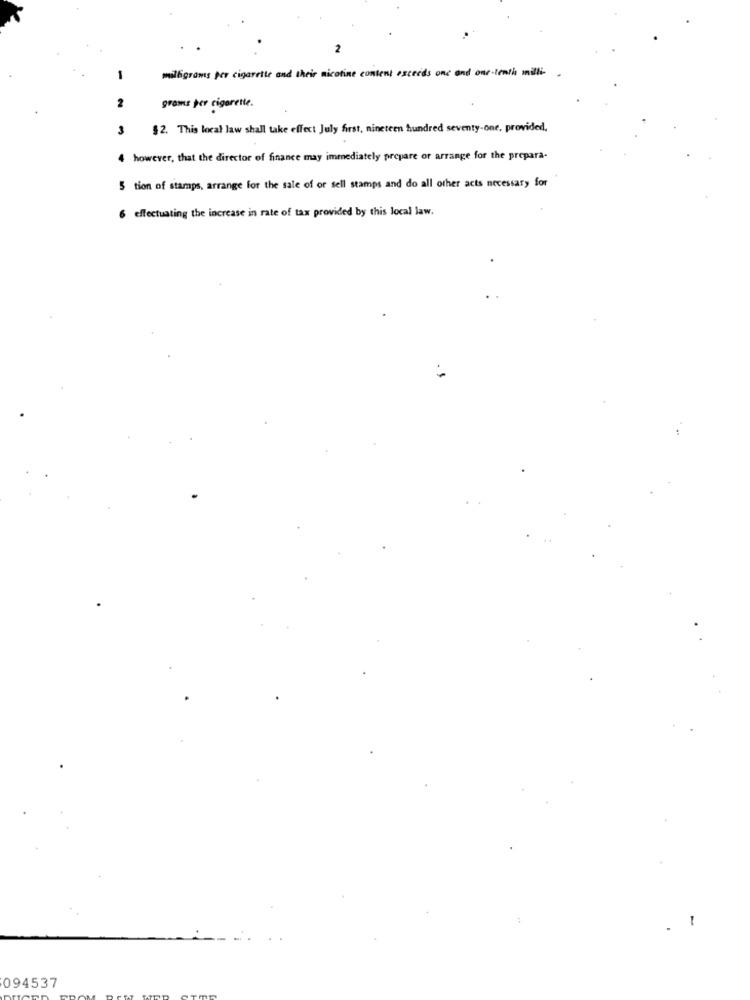
2
milligrams per cigarette and their nicotine content exceeds one and one-tenth milli-
-
2
grams per cigarette.
3
$2. This local law shall take effect July first, nineteen hundred seventy-one, provided.
however, that the director of finance may immediately prepare or arrange for the prepara-
5 tion of stamps, arrange for the sale of or sell stamps and do all other acts necessary for
6 effectuating the increase in rate of tax provided by this local law.
. 1
094537